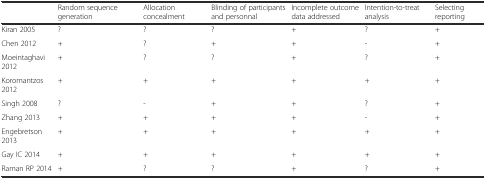
<table><thead><tr><td></td><td><b>Random sequence generation</b></td><td><b>Allocation concealment</b></td><td><b>Blinding of participants and personnal</b></td><td><b>Incomplete outcome data addressed</b></td><td><b>Intention-to-treat analysis</b></td><td><b>Selecting reporting</b></td></tr></thead><tbody><tr><td>Kiran 2005</td><td>?</td><td>?</td><td>?</td><td>+</td><td>?</td><td>+</td></tr><tr><td>Chen 2012</td><td>+</td><td>?</td><td>+</td><td>+</td><td>-</td><td>+</td></tr><tr><td>Moeintaghavi 2012</td><td>+</td><td>?</td><td>?</td><td>+</td><td>?</td><td>+</td></tr><tr><td>Koromantzos 2012</td><td>+</td><td>+</td><td>+</td><td>+</td><td>+</td><td>+</td></tr><tr><td>Singh 2008</td><td>?</td><td>-</td><td>+</td><td>+</td><td>?</td><td>+</td></tr><tr><td>Zhang 2013</td><td>+</td><td>+</td><td>+</td><td>+</td><td>-</td><td>+</td></tr><tr><td>Engebretson 2013</td><td>+</td><td>+</td><td>+</td><td>+</td><td>+</td><td>+</td></tr><tr><td>Gay IC 2014</td><td>+</td><td>+</td><td>+</td><td>+</td><td>+</td><td>+</td></tr><tr><td>Raman RP 2014</td><td>+</td><td>?</td><td>?</td><td>+</td><td>?</td><td>+</td></tr></tbody></table>